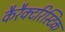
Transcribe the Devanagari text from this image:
कैरैक्टरिस्टिक